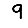
Digit: 9